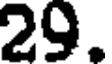
29.